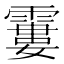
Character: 𩄽